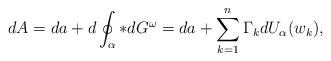
LaTeX: \begin{align*}dA=da+d\oint_\alpha *dG^\omega=da+\sum_{k=1}^n \Gamma_k dU_\alpha (w_k),\end{align*}